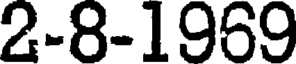
2-8-1969